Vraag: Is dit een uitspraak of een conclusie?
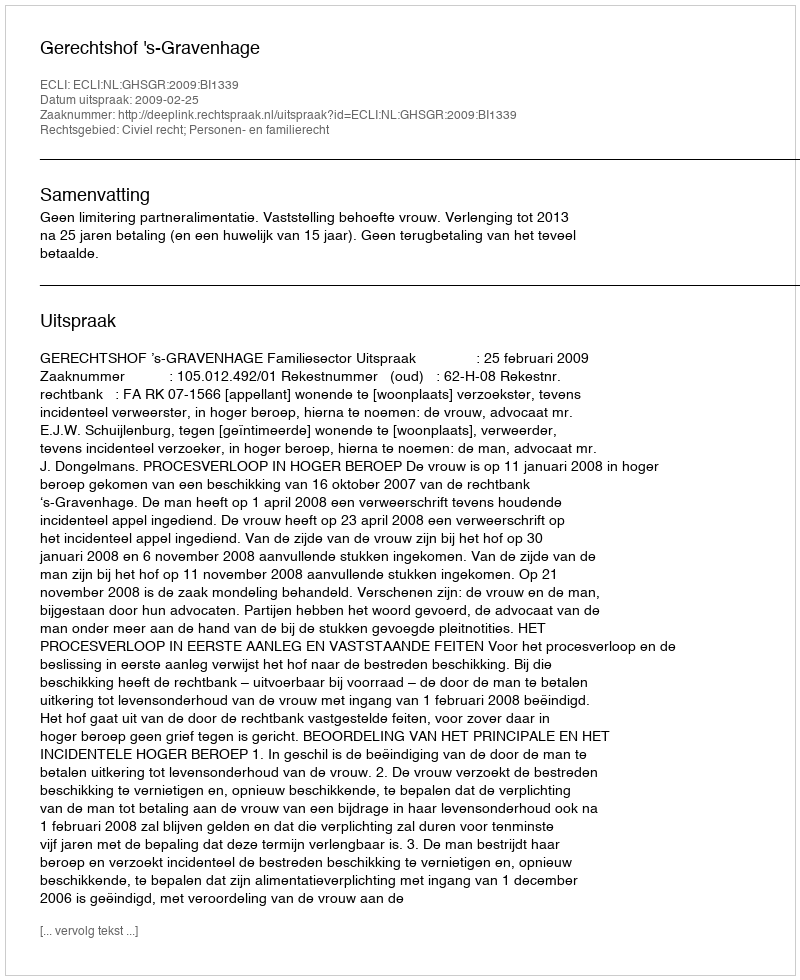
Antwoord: Uitspraak